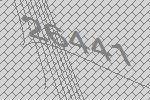
26441